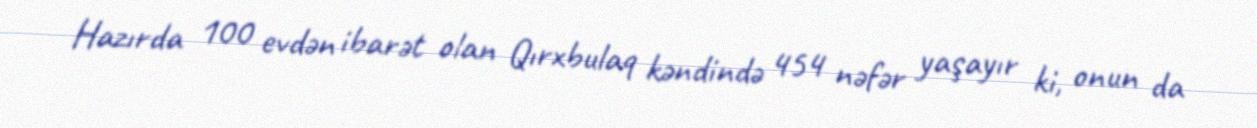
Hazırda 100 evdən ibarət olan Qırxbulaq kəndində 454 nəfər yaşayır ki, onun da